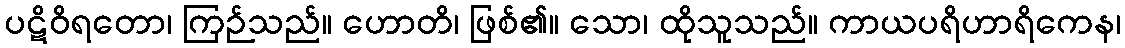
ပဋိဝိရတော၊ ကြဉ်သည်။ ဟောတိ၊ ဖြစ်၏။ သော၊ ထိုသူသည်။ ကာယပရိဟာရိကေန၊